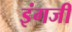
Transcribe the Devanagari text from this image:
इंगजी